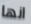
انها